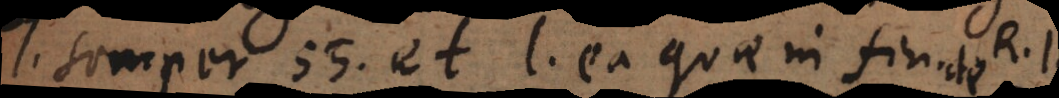
l. semper [56.] et l. ea quae in fin. de R. I.